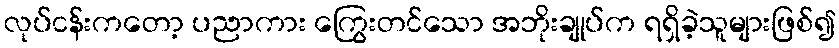
လုပ်ငန်းကတော့ ပညာကား ကြွေးတင်သော အဘိုးချုပ်က ရရှိခဲ့သူများဖြစ်၍